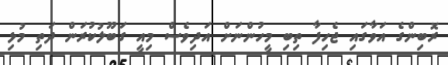
ރޮބިންގެ އަވާގައި ޖެހިފާ ތިބި މީހުންނަށް އަދިވެސް މިއީ ގަބޫލުކުރަން ދަތި މުޅި